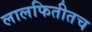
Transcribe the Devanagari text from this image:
लालफितीतच